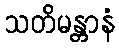
သတိမန္တာနံ